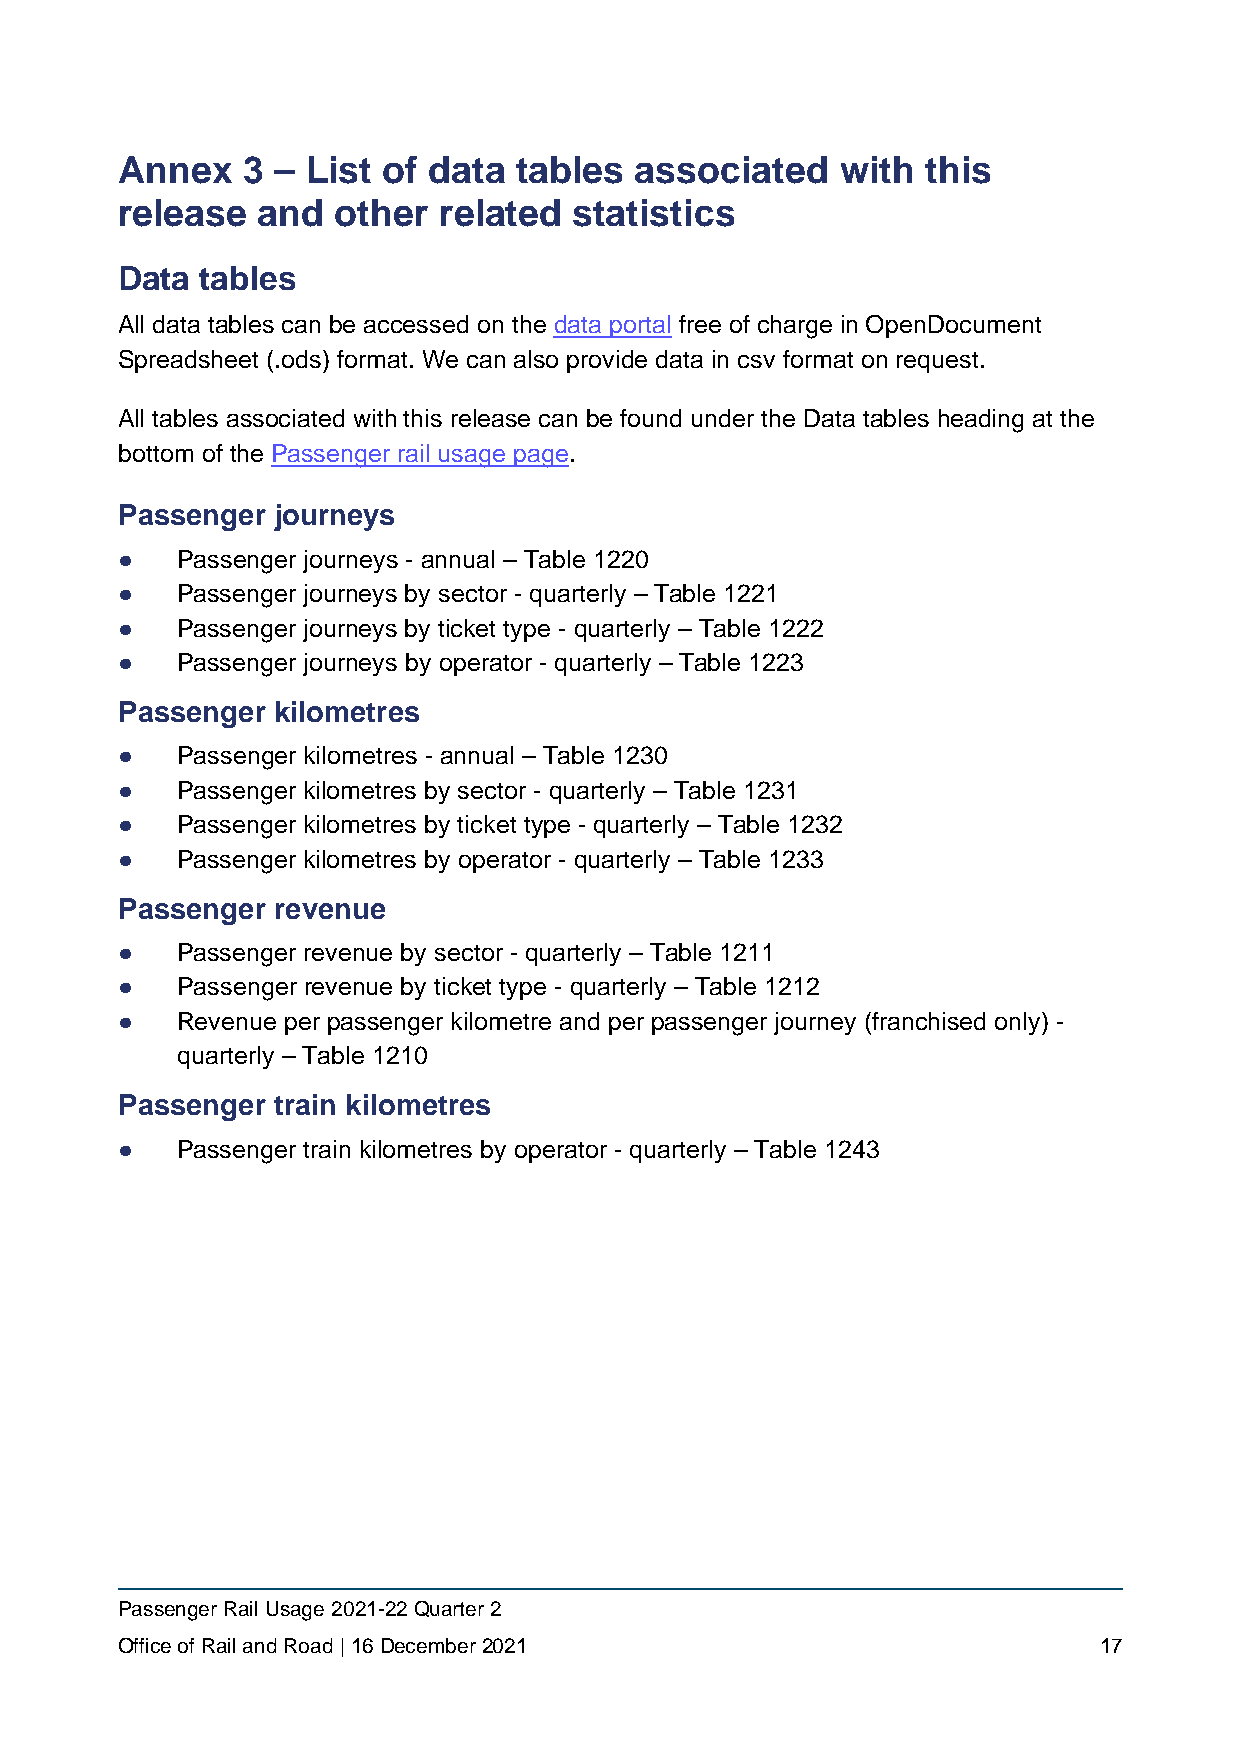
Annex   3 – List of data  tables  associated    with this
 release  and  other  related  statistics
 Data tables
 All data tables can be accessed on the data portal free of charge in OpenDocument
 Spreadsheet (.ods) format. We can also provide data in csv format on request.
 All tables associated with this release can be found under the Data tables heading at the
 bottom of the Passenger rail usage page.
 Passenger journeys
 ●   Passenger journeys - annual – Table 1220
 ●   Passenger journeys by sector - quarterly – Table 1221
 ●   Passenger journeys by ticket type - quarterly – Table 1222
 ●   Passenger journeys by operator - quarterly – Table 1223
 Passenger kilometres
 ●   Passenger kilometres - annual – Table 1230
 ●   Passenger kilometres by sector - quarterly – Table 1231
 ●   Passenger kilometres by ticket type - quarterly – Table 1232
 ●   Passenger kilometres by operator - quarterly – Table 1233
 Passenger revenue
 ●   Passenger revenue by sector - quarterly – Table 1211
 ●   Passenger revenue by ticket type - quarterly – Table 1212
 ●   Revenue per passenger kilometre and per passenger journey (franchised only) -
 quarterly – Table 1210
 Passenger train kilometres
 ●   Passenger train kilometres by operator - quarterly – Table 1243
 Passenger Rail Usage 2021-22 Quarter 2
 Office of Rail and Road | 16 December 2021                       17